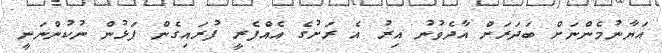
އަޔާނުމެންނަށް ބަދަރަށް އާދެވުނު އިރު އެ ރަށުގެ އެއްފެރީ ފުރައިގެން ފަޅުން ނުކުންނަނީ